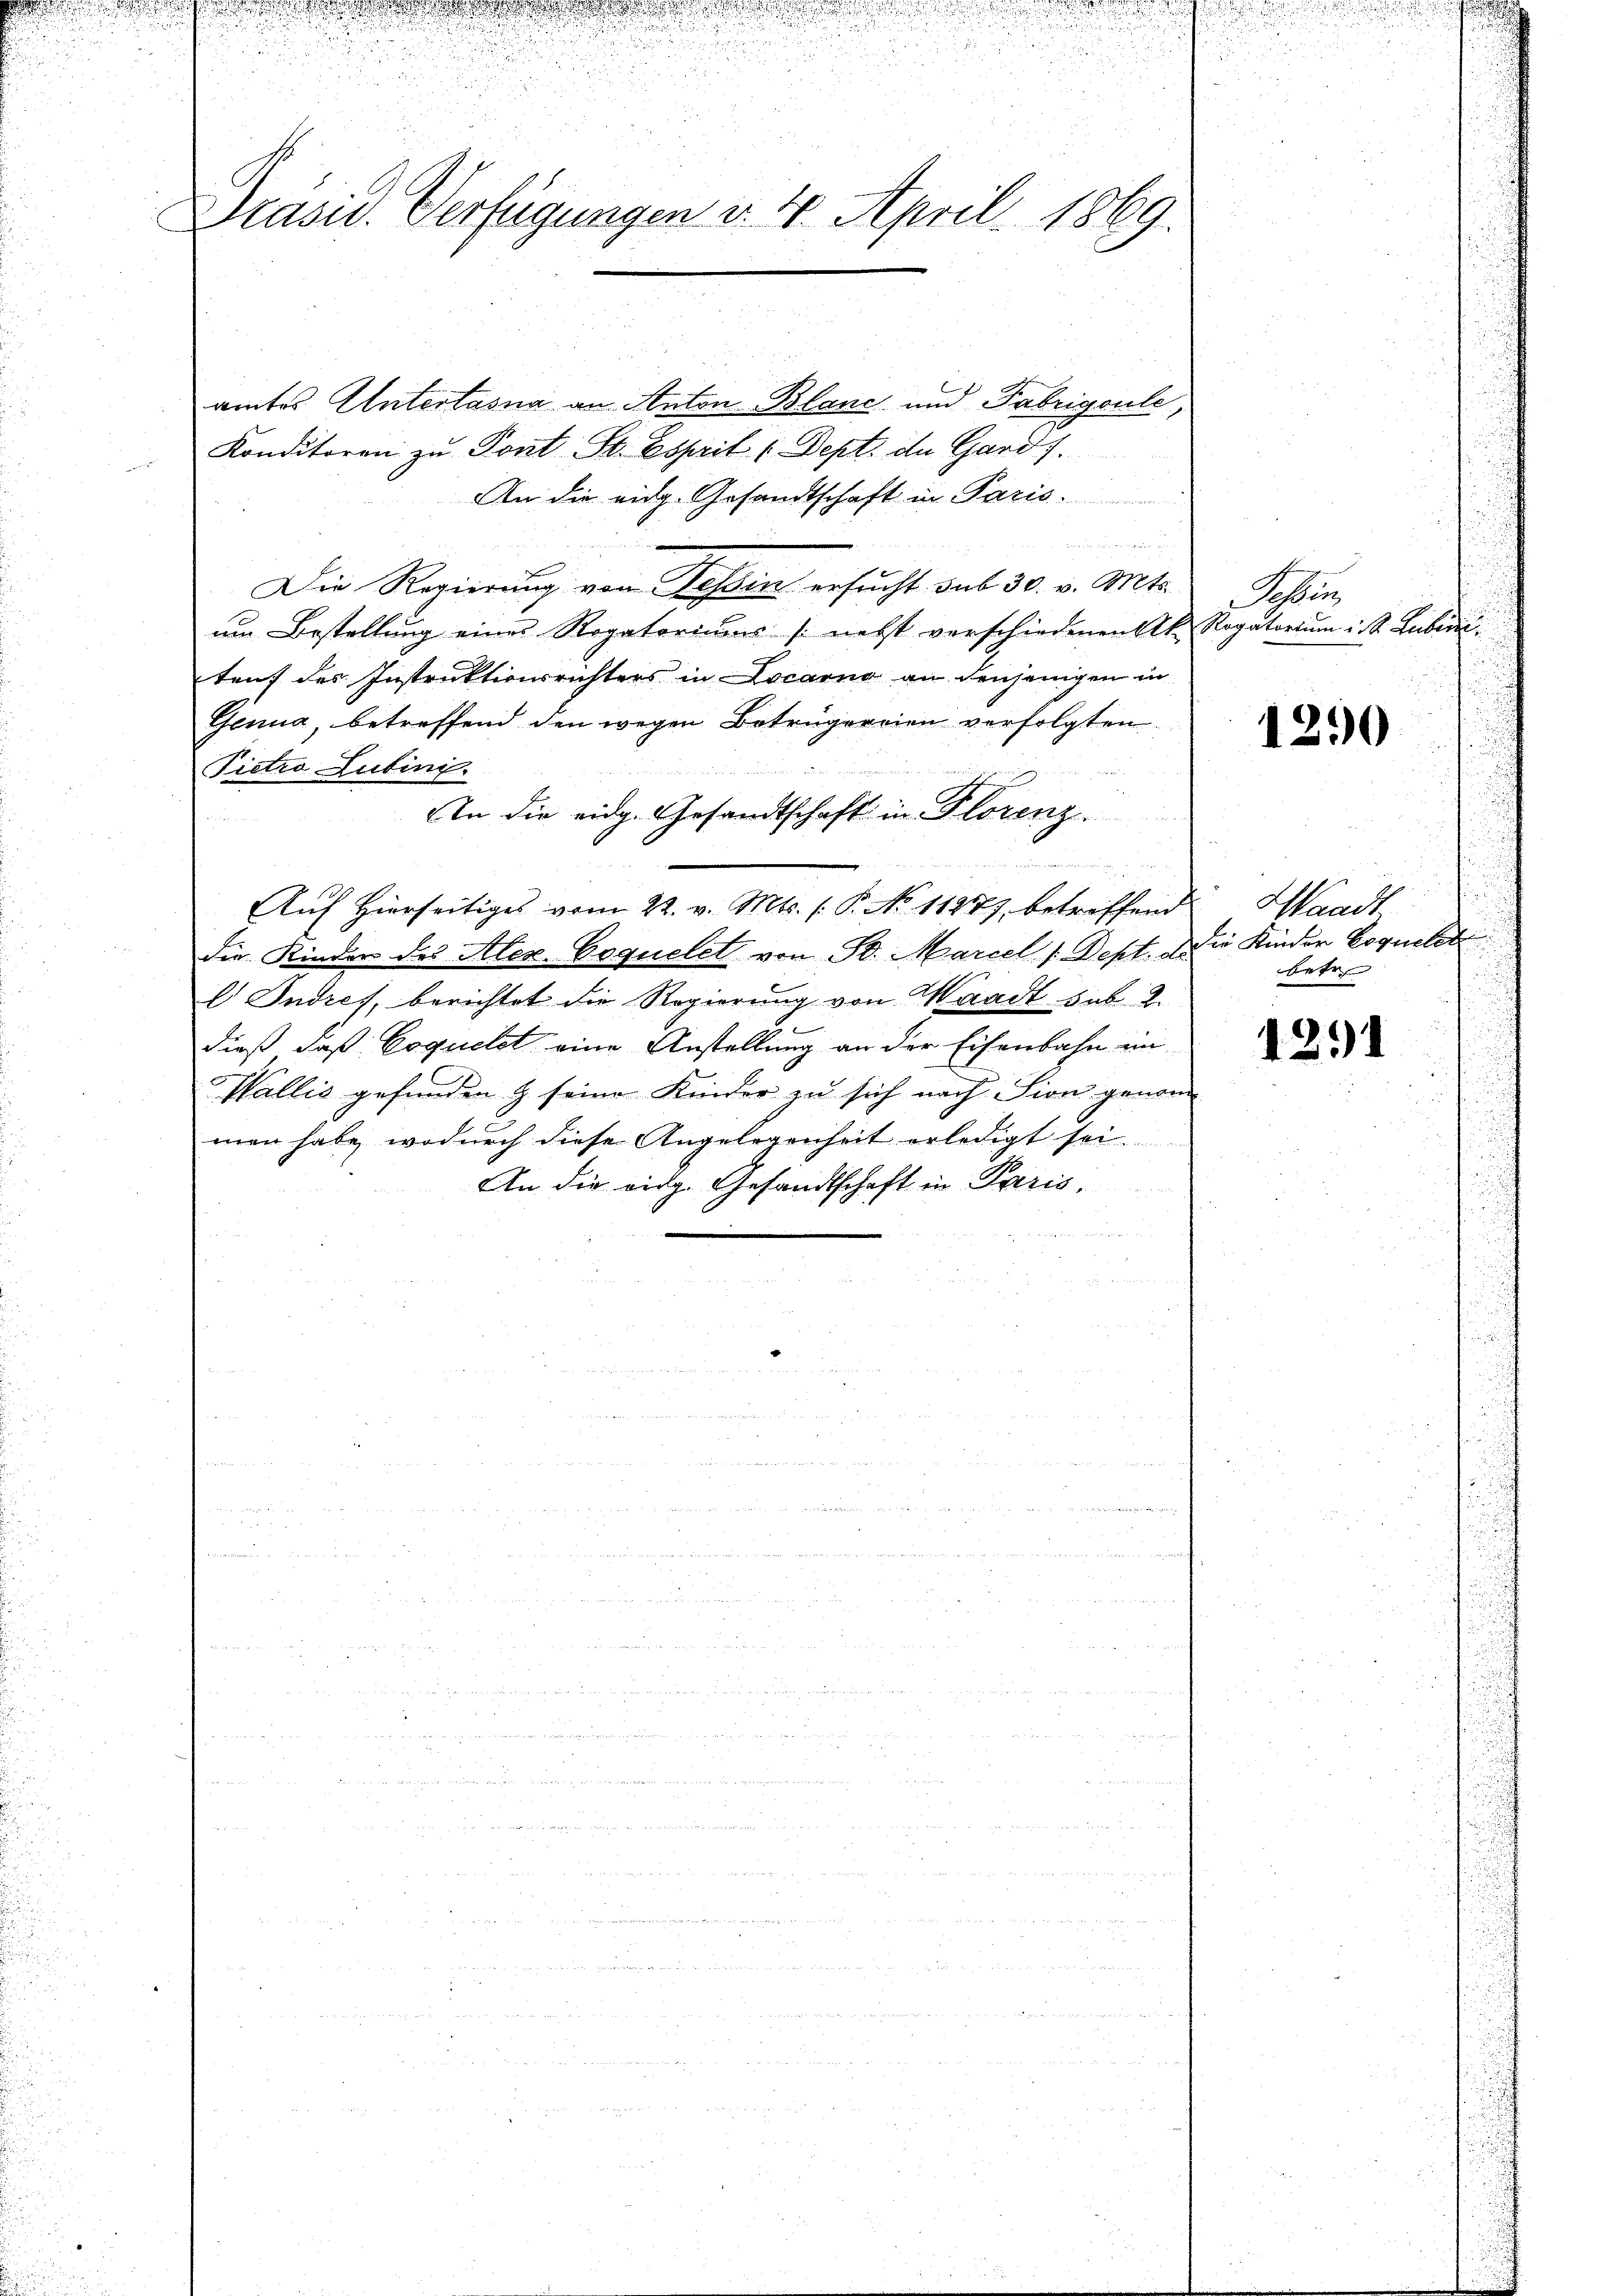
Präsid. Verfügungen d. 4. April 1869.

amtes Untertasna an Anton Blanc und Fabrigoule,
Konditoren zu Pont St. Esprit (Dept. de Gardf.
An die eidg. Gesandtschaft in Paris.
 e w
Die Regierung von Tessin ersucht sub 30. v. Mts.
um Bestellung eines Rogatoriums (nebst verschiedenen Ak. Rogatorium i. S. Lubivil
tauf des Instruktionsrichters in Locarno an denjenigen in
Genua, betreffend den wegen Betrügereien verfolgten
Pietro Lutini.
An die eidg. Gesandtschaft in Florenz
u
Auf Hierseitiges vom 22. v. Mts. (: P. No 11277, betriffend
die Kinder des Alex-Coquelet von B. Marcel (Sept. Die Kinder Eoquelst
l Indres, berichtet die Regierung von Waadt sub. 2.
dieß daß Coquetet eine Anstellung an der Eisenbahn ein
Wallis gefunden & seine Kinder zu sich nach Sion genom
men habe, wodurch diese Angelegenheit erledigt sei.
An die eidg. Gesandtschaft in Paris.

ohlen

1250

Handt
betr.

1291